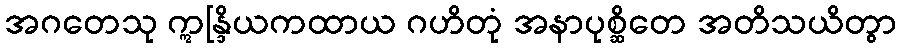
အဂတေသု ဣန္ဒြိယကထာယ ဂဟိတုံ အနာပုစ္ဆိတေ အတိသယိတွာ